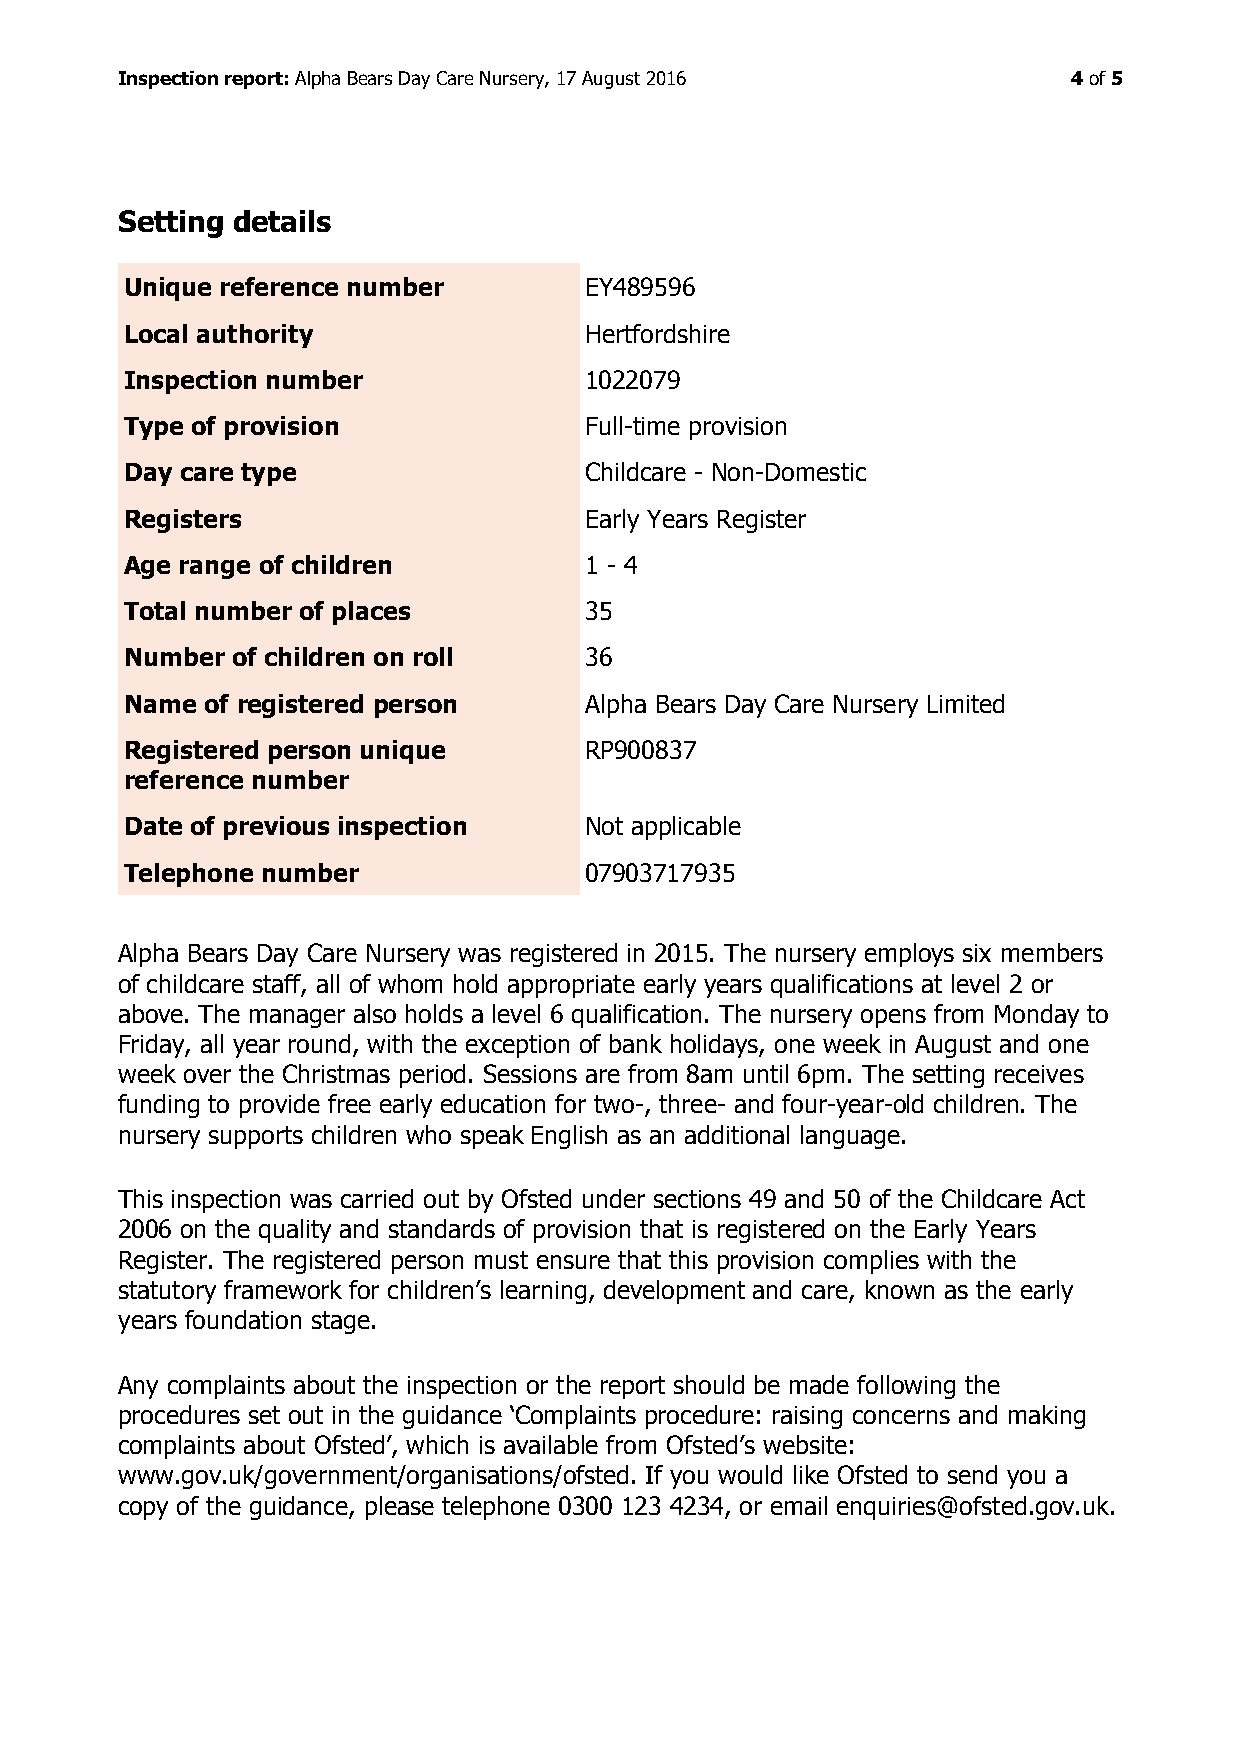
Inspection report: Alpha Bears Day Care Nursery, 17 August 2016 4 of 5
 Setting details
 Unique reference number        EY489596
 Local authority                Hertfordshire
 Inspection number              1022079
 Type of provision              Full-time provision
 Day care type                  Childcare - Non-Domestic
 Registers                      Early Years Register
 Age range of children          1 - 4
 Total number of places         35
 Number of children on roll     36
 Name  of registered person     Alpha Bears Day Care Nursery Limited
 Registered person unique       RP900837
 reference number
 Date of previous inspection    Not applicable
 Telephone number               07903717935
 Alpha Bears Day Care Nursery was registered in 2015. The nursery employs six members
 of childcare staff, all of whom hold appropriate early years qualifications at level 2 or
 above. The manager also holds a level 6 qualification. The nursery opens from Monday to
 Friday, all year round, with the exception of bank holidays, one week in August and one
 week over the Christmas period. Sessions are from 8am until 6pm. The setting receives
 funding to provide free early education for two-, three- and four-year-old children. The
 nursery supports children who speak English as an additional language.
 This inspection was carried out by Ofsted under sections 49 and 50 of the Childcare Act
 2006 on the quality and standards of provision that is registered on the Early Years
 Register. The registered person must ensure that this provision complies with the
 statutory framework for children’s learning, development and care, known as the early
 years foundation stage.
 Any complaints about the inspection or the report should be made following the
 procedures set out in the guidance ‘Complaints procedure: raising concerns and making
 complaints about Ofsted’, which is available from Ofsted’s website:
 www.gov.uk/government/organisations/ofsted. If you would like Ofsted to send you a
 copy of the guidance, please telephone 0300 123 4234, or email enquiries@ofsted.gov.uk.